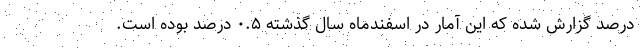
درصد گزارش شده که این آمار در اسفندماه سال گذشته ۰.۵ درصد بوده است.